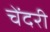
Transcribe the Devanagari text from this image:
चेंदरी